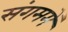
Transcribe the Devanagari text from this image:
संगममें